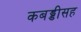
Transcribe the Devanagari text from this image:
कबड्डीसह